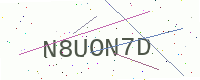
Text: N8UON7D